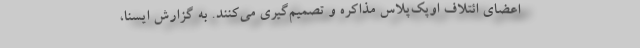
اعضای ائتلاف اوپک‌پلاس مذاکره و تصمیم‌گیری می‌کنند. به گزارش ایسنا،